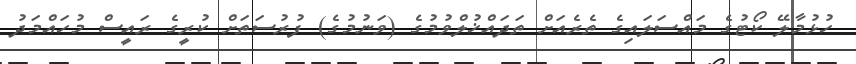
ހުޅުމާލޭ ކޯޓުގެ މައްސަލައިގެ ތެރެއަށް ތަދައްޚުލްވުމުގެ (ވަނުމުގެ) ފުރުސަތަށް ކުރީގެ ރައީސް މުހައްމަދު